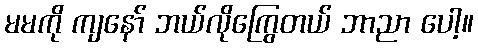
မမကို ကျနော် ဘယ်လိုကြွေတယ် ဘာညာ ပေါ့။